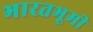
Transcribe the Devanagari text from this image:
भारतभूमी